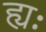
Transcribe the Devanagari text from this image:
ह्यः